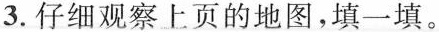
3.仔细观察上页的地图，填一填。